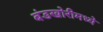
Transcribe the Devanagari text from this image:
बंडखोरीमध्ये